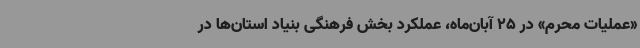
«عملیات محرم» در 25 آبان‌ماه، عملکرد بخش فرهنگی بنیاد استان‌ها در